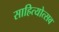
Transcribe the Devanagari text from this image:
साहित्योत्सव